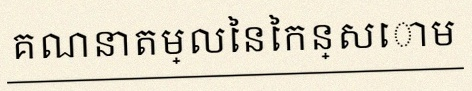
គណនាតម្លៃនៃកន្សោម